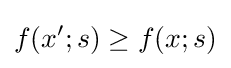
f(x';s)\geq f(x;s)